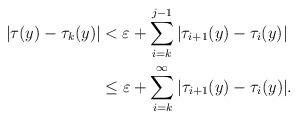
LaTeX: \begin{align*} \vert \tau(y)-\tau_k(y)\vert &<\varepsilon + \sum_{i=k}^{j-1} \vert \tau_{i+1}(y) - \tau_i(y) \vert \\ &\leq \varepsilon + \sum_{i=k}^{\infty} \vert \tau_{i+1}(y) - \tau_i(y) \vert. \end{align*}